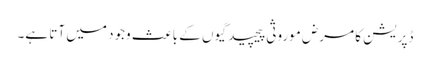
ڈپریشن کا مرض موروثی پیچیدگیوں کے باعث وجود میں آتا ہے۔